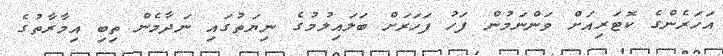
އަހަރެންގެ ކޮޓަރިއަށް ވަންނަމުން ފަހު ފަހަރަށް ބަލައިލުމުގެ ނިޔަތުގައި ނަދާމެން ތިބި އިމާރާތުގެ